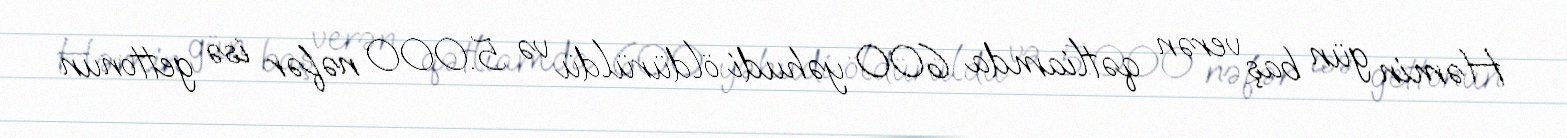
Həmin gün baş verən qətliamda 600 yəhudi öldürüldü və 5.000 nəfər isə gettonun